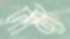
দীন